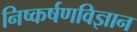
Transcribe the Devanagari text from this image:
निष्कर्षणविज्ञान